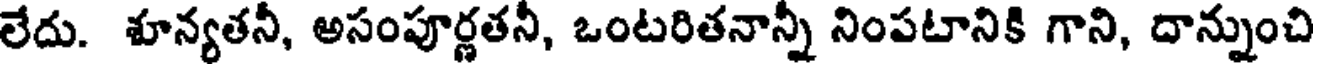
లేదు. శూన్యతనీ, అసంపూర్ణతని, ఒంటరితనాన్ని నింపటానికి గాని, దాన్నుంచి